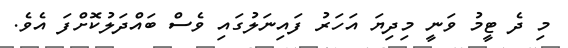
މި ދެ ޓީމު ވަނީ މިދިޔަ އަހަރު ފައިނަލުގައި ވެސް ބައްދަލުކޮށްފަ އެވެ.